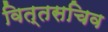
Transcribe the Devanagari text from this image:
वित्तसचिव